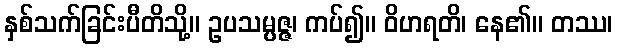
နှစ်သက်ခြင်းပီတိသို့။ ဥပသမ္ပဇ္ဇ၊ ကပ်၍။ ဝိဟရတိ၊ နေ၏။ တဿ၊